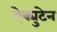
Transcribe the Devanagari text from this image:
ऐक्युटेन